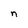
Character: n